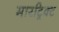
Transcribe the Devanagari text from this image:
मारट्रिक्ट